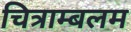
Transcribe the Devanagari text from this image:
चित्राम्बलम